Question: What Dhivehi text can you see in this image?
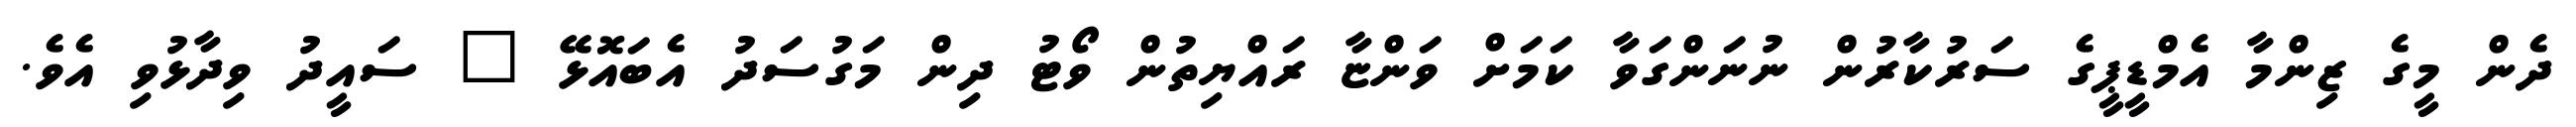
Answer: ދެން މީގެ ޒިންމާ އެމްޑީޕީގެ ސަރުކާރުން ނުނަންގަވާ ކަމަށް ވަންޏާ ރައްޔިތުން ވޯޓު ދިން މަގުސަދު އެބައޮޅޭ " ސައީދު ވިދާޅުވި އެވެ.